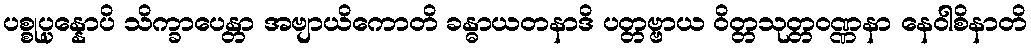
ပစ္စုပ္ပန္နောပိ သိက္ခာပေန္တာ အဗျာယိကောတိ ခန္ဓာယတနာဒိ ပတ္တဗ္ဗာယ ဝိတ္တသုတ္တဝဏ္ဏနာ နေဝါစိနာတိ